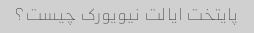
پایتخت ایالت نیویورک چیست؟